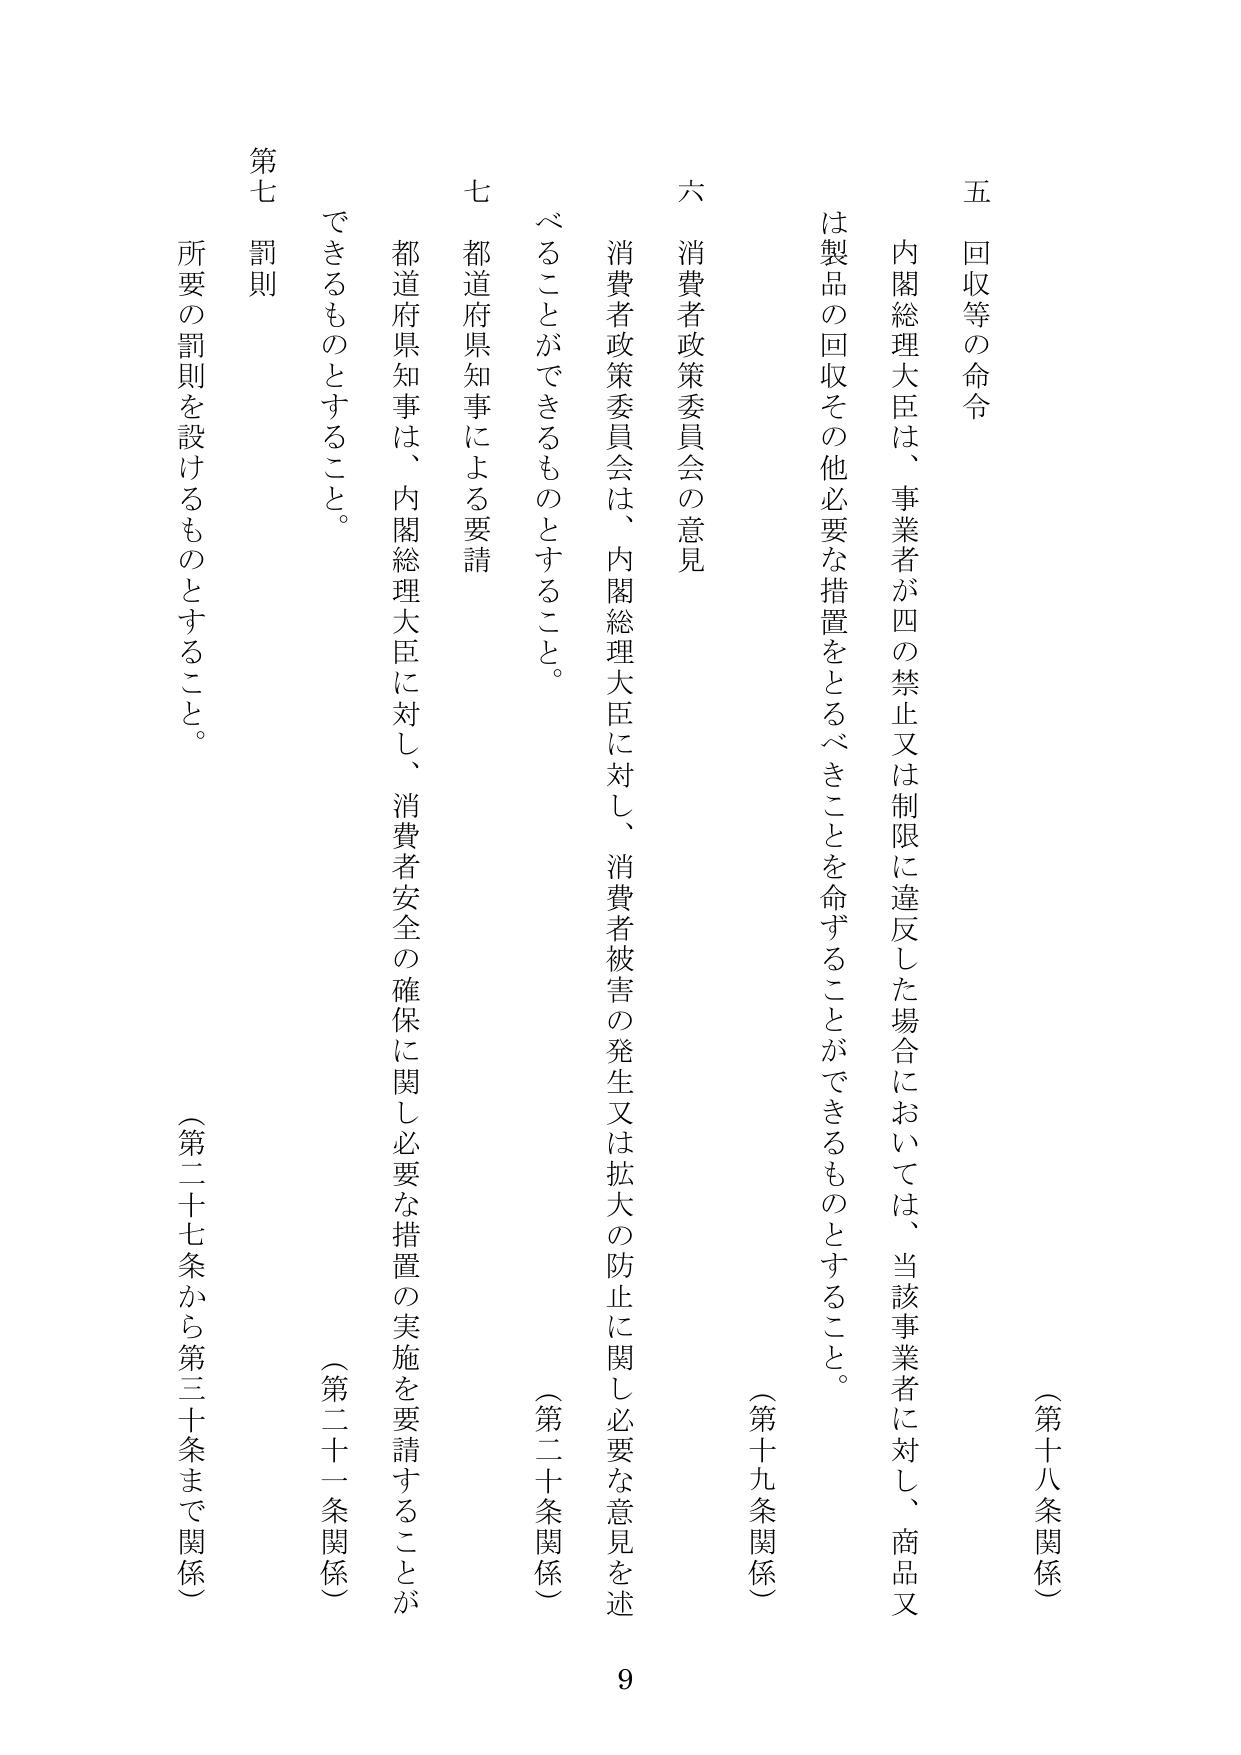
五 回収等の命令
（第十八条関係）
内閣総理大臣は、事業者が四の禁止又は制限に違反した場合においては、当該事業者に対し、商品又は製品の回収その他必要な措置をとるべきことを命ずることができるものとすること。
（第十九条関係）

六 消費者政策委員会の意見
消費者政策委員会は、内閣総理大臣に対し、消費者被害の発生又は拡大の防止に関し必要な意見を述べることができるものとすること。
（第二十条関係）

七 都道府県知事による要請
都道府県知事は、内閣総理大臣に対し、消費者安全の確保に関し必要な措置の実施を要請することができるものとすること。
（第二十一条関係）

第七 罰則
所要の罰則を設けるものとすること。
（第二十七条から第三十条まで関係）

9